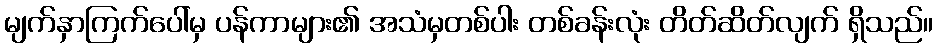
မျက်နှာကြက်ပေါ်မှ ပန်ကာများ၏ အသံမှတစ်ပါး တစ်ခန်းလုံး တိတ်ဆိတ်လျက် ရှိသည်။